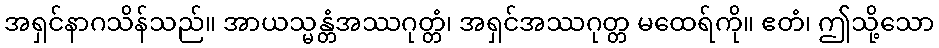
အရှင်နာဂသိန်သည်။ အာယသ္မန္တံအဿဂုတ္တံ၊ အရှင်အဿဂုတ္တ မထေရ်ကို။ ဧတံ၊ ဤသို့သော